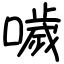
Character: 噦